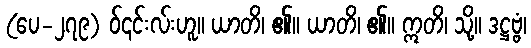
(ပေ-၂၇၉) ဝ်၎င်းလ်းဟူ။ ယာတိ၊ ၏။ ယာတိ၊ ၏။ ဣတိ၊ သို့။ ဒဋ္ဌဗ္ဗံ၊